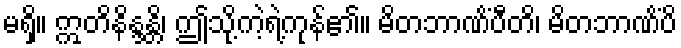
မရှိ။ ဣတိနိန္ဒန္တိ၊ ဤသို့ကဲ့ရဲ့ကုန်၏။ မိတဘာဏိံပီတိ၊ မိတဘာဏိံပိ